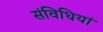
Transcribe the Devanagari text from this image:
संविधियां